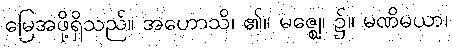
မြေအဖို့ရှိသည်။ အဟောသိ၊ ၏။ မဇ္ဈေ၊ ၌။ မဏိမယာ၊